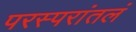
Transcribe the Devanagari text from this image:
परस्परांतलं